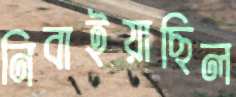
নিবাইয়াছিল